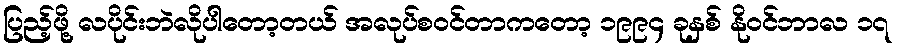
ပြည့်ဖို့ လပိုင်းဘဲလိုပါတော့တယ် အလုပ်စဝင်တာကတော့ ၁၉၉၄ ခုနှစ် နိုဝင်ဘာလ ၁၇